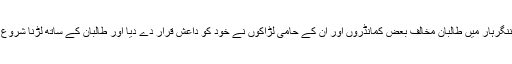
صوبہ ننگرہار میں طالبان مخالف بعض کمانڈروں اور ان کے حامی لڑاکوں نے خود کو داعش قرار دے دیا اور طالبان کے ساتھ لڑنا شروع کر دیا۔